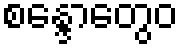
စန္ဒောတွေဝ